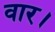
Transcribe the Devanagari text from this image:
वार।